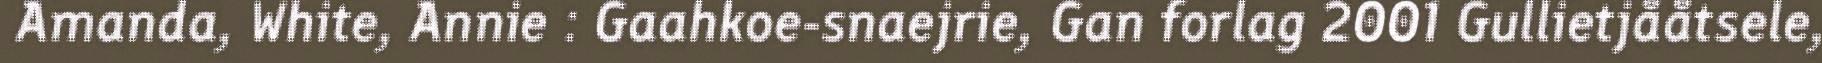
Amanda, White, Annie : Gaahkoe-snaejrie, Gan forlag 2001 Gullietjååtsele,